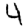
Digit: 4